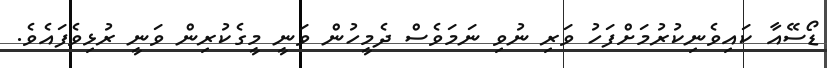
ޑޯސޭއާ ކައިވެނިކުރުމަށްފަހު ވަރި ނުވި ނަމަވެސް ދެމީހުން ވަނީ މީގެކުރިން ވަނީ ރުޅިވެފައެވެ.